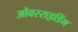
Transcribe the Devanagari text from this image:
ओवरराइडिंग